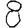
Digit: 8